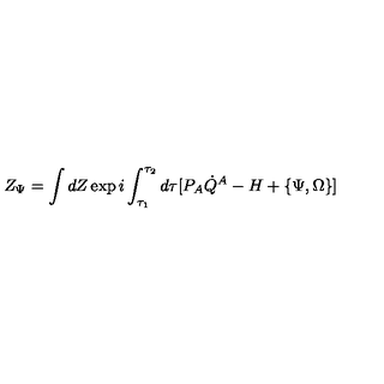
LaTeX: Z _ { \Psi } = \int d Z \exp i \int _ { \tau _ { 1 } } ^ { \tau _ { 2 } } d \tau [ P _ { A } \dot { Q } ^ { A } - H + \{ \Psi , \Omega \} ]